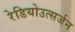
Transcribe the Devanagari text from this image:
रेडियोउत्सर्जन